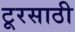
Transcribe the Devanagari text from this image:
टूरसाठी